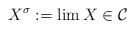
LaTeX: \begin{align*}X^\sigma := \lim X \in \mathcal C\end{align*}